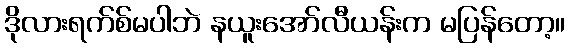
ဒိုလားရက်စ်မပါဘဲ နယူးအော်လီယန်းက မပြန်တော့။